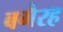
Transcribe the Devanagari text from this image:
बगैरह